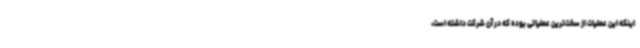
اینکه این عملیات از سخت‌ترین عملیاتی بوده که در آن شرکت داشته است،